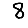
Digit: 8